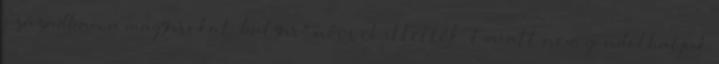
században a magyarokat „baľyar" névvel illették. Emiatt nem gondolhatjuk